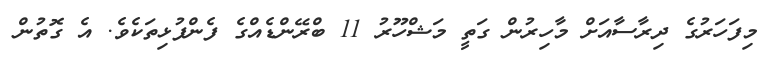
މިފަހަރުގެ ދިރާސާއަށް މާހިރުން ގަތީ މަޝްހޫރު 11 ބްރޭންޑެއްގެ ފެންފުޅިތަކެވެ. އެ ގޮތުން